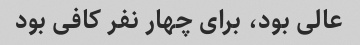
عالی بود، برای چهار نفر کافی بود